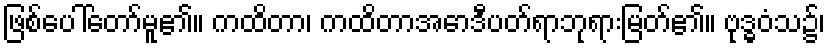
ဖြစ်ပေါ်တော်မူ၏။ ကထိတာ၊ ကထိတာအောဒီပတ်ရာဘုရားမြတ်၏။ ဗုဒ္ဓဝံသ၌၊